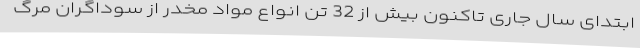
ابتدای سال جاری تاکنون بیش از 32 تن انواع مواد مخدر از سوداگران مرگ